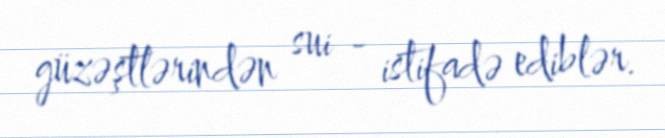
güzəştlərindən sui - istifadə ediblər.